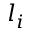
l _ { i }